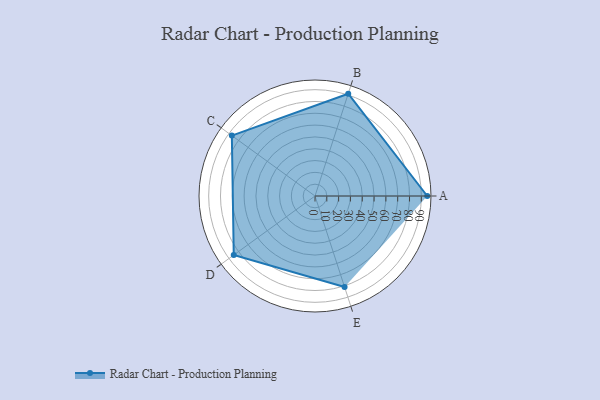
{"axis": {"x": "Skill", "y": "Score"}, "legend": ["Profile"], "data": [{"x": "A", "y": 95.0, "type": "Profile"}, {"x": "B", "y": 91.0, "type": "Profile"}, {"x": "C", "y": 87.0, "type": "Profile"}, {"x": "D", "y": 85.0, "type": "Profile"}, {"x": "E", "y": 81.0, "type": "Profile"}]}